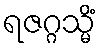
ရဇဂ္ဂသ္မိံ